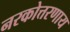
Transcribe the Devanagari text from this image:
नरकोत्तरणाय